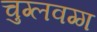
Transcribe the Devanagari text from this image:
चुग्लवग्ग